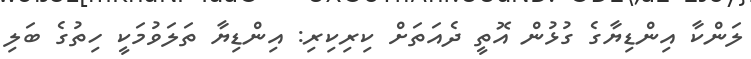
ލަންކާ އިންޑިޔާގެ ގުޅުން އޮތީ ދެއަތަށް ކިރިކިރި: އިންޑިޔާ ތަލަވުމަކީ ހިތުގެ ބަލި